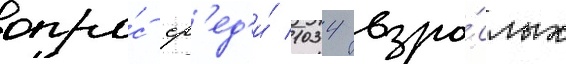
опро́с ср'ед'и́ 1034 взро́слых